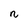
Character: n